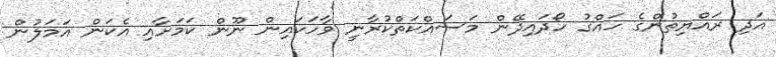
އަދި ރައްޔިތުންގެ ހައްގު ހޯދައިދޭން މަސައްކަތްކުރާނީ ވާހަކައިން ނޫން ކަމަށާއި އެކަން އަމަލުން